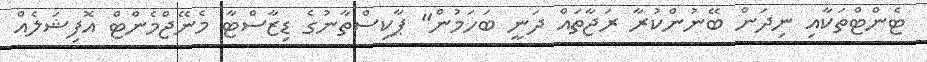
ޓެންޓްތަކާއި ނިދަން ބޭނުންކުރާ ރަޖާތައް ދަނީ ބަހަމުން" ޕާކިސްތާނުގެ ޑިޒާސްޓާ މެނޭޖްމެންޓް އޮފިޝަލެއް